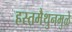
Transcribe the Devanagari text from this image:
हस्तमैथुनमुळे